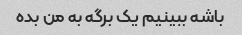
باشه ببینیم یک برگه به ​​من بده